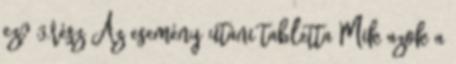
ez? 3.rész Az esemény utáni tabletta Mik azok a